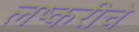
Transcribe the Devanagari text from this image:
लष्करीचे